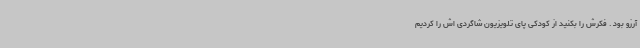
آرزو بود . فکرش را بکنید از کودکی پای تلویزیون شاگردی اش را کردیم